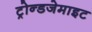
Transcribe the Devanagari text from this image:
ट्रोन्डजेमाइट